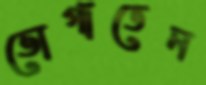
ভোগাতেন